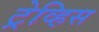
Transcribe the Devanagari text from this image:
ट्रेव्हिस